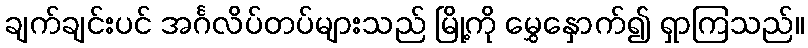
ချက်ချင်းပင် အင်္ဂလိပ်တပ်များသည် မြို့ကို မွှေနှောက်၍ ရှာကြသည်။